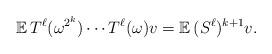
LaTeX: \begin{align*}\mathbb{E}\, T^\ell(\omega^{2^k}) \cdots T^\ell(\omega) v = \mathbb{E}\, (S^\ell)^{k+1} v.\end{align*}